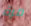
مرة